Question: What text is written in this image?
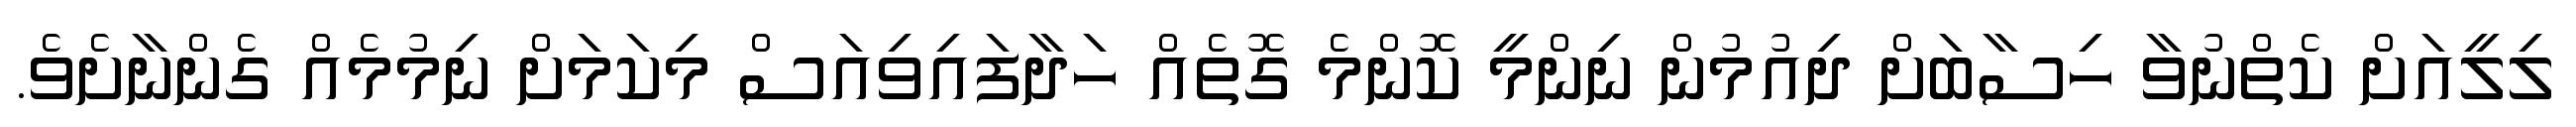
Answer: ލިލީއަށް ކެތްނުވާ ހިސާބަށް ދިއުމުން ނިންމީ ކޮންމެ ގޮތެއް ހަދާފައިވިއަސް މިކަމަށް ނިމުމެއް ގެންނާށެވެ.